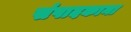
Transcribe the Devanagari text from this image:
संपादकाना